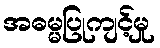
အဓမ္မပြုကျင့်မှု